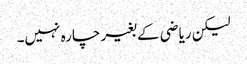
لیکن ریاضی کے بغیر چارہ نہیں۔